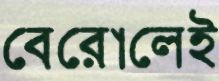
বেরোলেই